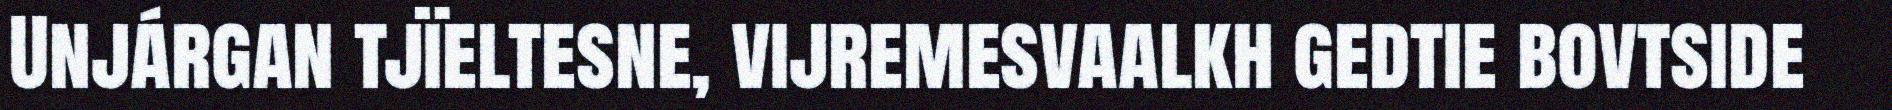
Unjárgan tjïeltesne, vijremesvaalkh gedtie bovtside